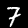
Label: 7